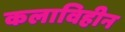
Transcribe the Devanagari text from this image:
कलाविहीन